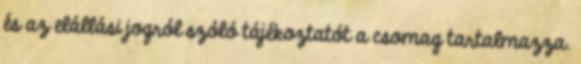
és az elállási jogról szóló tájékoztatót a csomag tartalmazza.